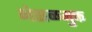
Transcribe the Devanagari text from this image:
भेसळमुक्त